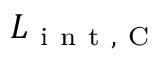
L _ { \mathrm { ~ i ~ n ~ t ~ , ~ C ~ } }